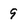
Character: 9